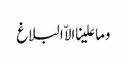
وما علینا الاّ البلاغ